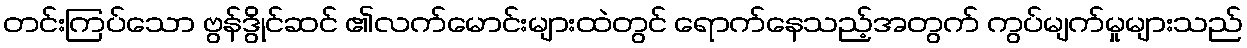
တင်းကြပ်သော ဗွန်ဒွိုင်ဆင် ၏လက်မောင်းများထဲတွင် ရောက်နေသည့်အတွက် ကွပ်မျက်မှုများသည်